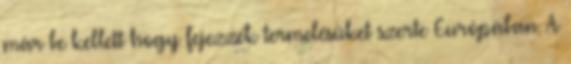
már be kellett hogy fejezzék termelésüket szerte Európában. A